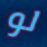
لو